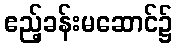
ဧည့်ခန်းမဆောင်၌